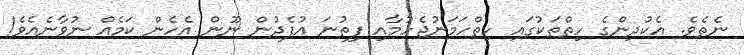
ނެތެވެ. އެކުދިންގެ ހިތްތަކުގައި ހިތްހަމަނުޖެހުމާއި ފިތުނަ އުފެދުން ނޫން އެހެން ކަމެއް ނުވާނެއެވެ!